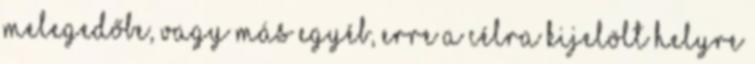
melegedőbe, vagy más egyéb, erre a célra kijelölt helyre